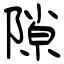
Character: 隙